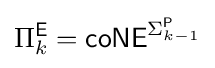
\Pi _{k}^{\mathsf {E}}={\mathsf {coNE}}^{\Sigma _{k-1}^{\mathsf {P}}}